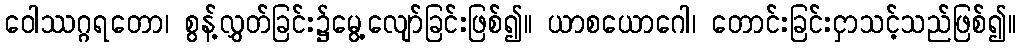
ဝေါဿဂ္ဂရတော၊ စွန့်လွှတ်ခြင်း၌မွေ့လျော်ခြင်းဖြစ်၍။ ယာစယောဂေါ၊ တောင်းခြင်းငှာသင့်သည်ဖြစ်၍။